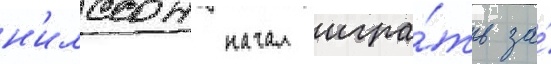
н'илссон начал игра́ть за́